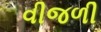
વીજળી